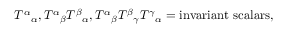
T ^ { \alpha } { } _ { \alpha } , T ^ { \alpha } { } _ { \beta } T ^ { \beta } { } _ { \alpha } , T ^ { \alpha } { } _ { \beta } T ^ { \beta } { } _ { \gamma } T ^ { \gamma } { } _ { \alpha } = { \mathrm { i n v a r i a n t ~ s c a l a r s } } ,